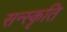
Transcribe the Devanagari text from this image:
सन्स्कृति